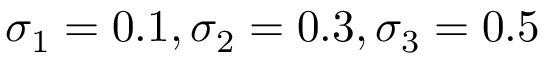
\sigma _ { 1 } = 0 . 1 , \sigma _ { 2 } = 0 . 3 , \sigma _ { 3 } = 0 . 5